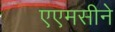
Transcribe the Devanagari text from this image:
एएमसीने